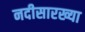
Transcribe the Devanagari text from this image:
नदीसारख्या